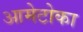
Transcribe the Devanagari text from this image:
आमेटोका